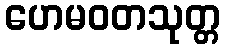
ဟေမဝတသုတ္တ